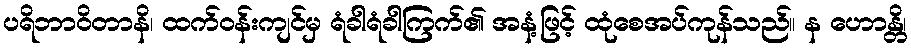
ပရိဘာဝိတာနိ၊ ထက်ဝန်းကျင်မှ ရံခါရံခါကြက်၏ အနံ့ဖြင့် ထုံစေအပ်ကုန်သည်။ န ဟောန္တိ၊